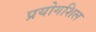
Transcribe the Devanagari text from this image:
प्रयोगशिल